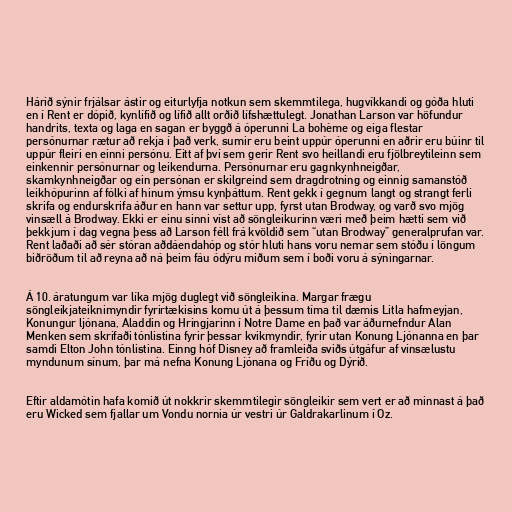
Hárið sýnir frjálsar ástir og eiturlyfja notkun sem skemmtilega, hugvíkkandi og góða hluti
en í Rent er dópið, kynlífið og lífið allt orðið lífshættulegt. Jonathan Larson var höfundur
handrits, texta og laga en sagan er byggð á óperunni La bohème og eiga flestar
persónurnar rætur að rekja í það verk, sumir eru beint uppúr óperunni en aðrir eru búinr til
uppúr fleiri en einni persónu. Eitt af því sem gerir Rent svo heillandi eru fjölbreytileinn sem
einkennir persónurnar og leikendurna. Persónurnar eru gagnkynhneigðar,
skamkynhneigðar og ein persónan er skilgreind sem dragdrotning og einnig samanstóð
leikhópurinn af fólki af hinum ýmsu kynþáttum. Rent gekk í gegnum langt og strangt ferli
skrifa og endurskrifa áður en hann var settur upp, fyrst utan Brodway, og varð svo mjög
vinsæll á Brodway. Ekki er einu sinni víst að söngleikurinn væri með þeim hætti sem við
þekkjum í dag vegna þess að Larson féll frá kvöldið sem “utan Brodway” generalprufan var.
Rent laðaði að sér stóran aðdáendahóp og stór hluti hans voru nemar sem stóðu í löngum
biðröðum til að reyna að ná þeim fáu ódýru miðum sem í boði voru á sýningarnar.

Á 10. áratungum var líka mjög duglegt við söngleikina. Margar frægu
söngleikjateiknimyndir fyrirtækisins komu út á þessum tíma til dæmis Litla hafmeyjan,
Konungur ljónana, Aladdin og Hringjarinn í Notre Dame en það var áðurnefndur Alan
Menken sem skrifaði tónlistina fyrir þessar kvikmyndir, fyrir utan Konung Ljónanna en þar
samdi Elton John tónlistina. Einng hóf Disney að framleiða sviðs útgáfur af vinsælustu
myndunum sínum, þar má nefna Konung Ljónana og Fríðu og Dýrið.

Eftir aldamótin hafa komið út nokkrir skemmtilegir söngleikir sem vert er að minnast á það
eru Wicked sem fjallar um Vondu nornia úr vestri úr Galdrakarlinum í Oz.